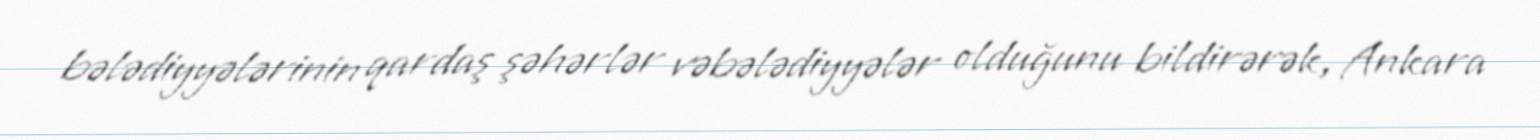
bələdiyyələrinin qardaş şəhərlər vəbələdiyyələr olduğunu bildirərək, Ankara